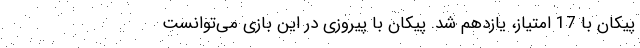
پیکان با 17 امتیاز، یازدهم شد. پیکان با پیروزی در این بازی می‌توانست